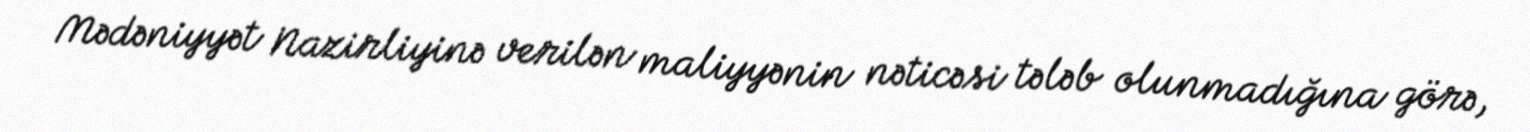
Mədəniyyət Nazirliyinə verilən maliyyənin nəticəsi tələb olunmadığına görə,